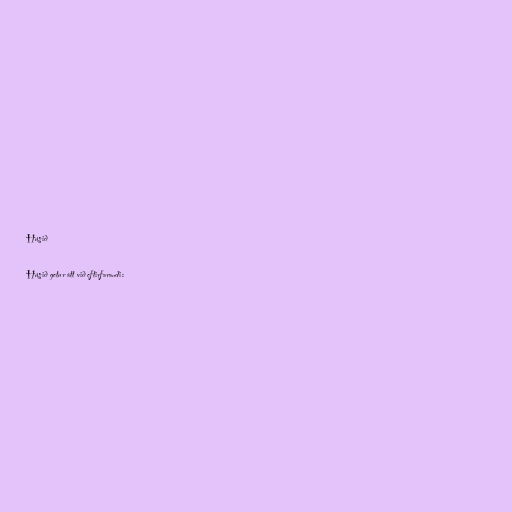
Húsið

Húsið getur átt við eftirfarandi: